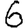
Digit: 6